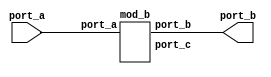
module OTP_UC_INST (port_a, port_b);
   input port_a;
   output port_b;
   mod_b inst_a(.port_a(port_a), .port_b(port_b), .port_c());
endmodule
module mod_b (port_a, port_b, port_c);
   input port_a;
   output port_b, port_c;
   wire wir_b;
   assign port_c = port_a;
   assign port_b = port_a & wir_b;
endmodule